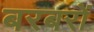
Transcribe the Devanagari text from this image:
बरबरों